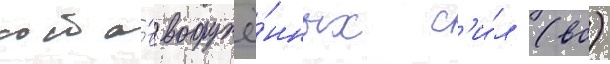
соста́в вооружё́нных с'и́л (вс)